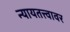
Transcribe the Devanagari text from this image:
न्यायतत्त्वावर